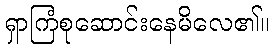
ရှာကြံစုဆောင်းနေမိလေ၏။